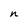
Character: n